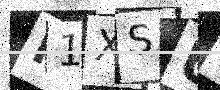
Text: K1XSUP